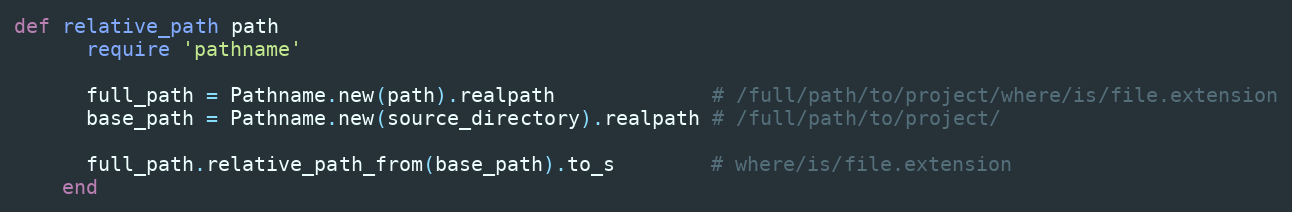
Language: Ruby
def relative_path path
      require 'pathname'

      full_path = Pathname.new(path).realpath             # /full/path/to/project/where/is/file.extension
      base_path = Pathname.new(source_directory).realpath # /full/path/to/project/

      full_path.relative_path_from(base_path).to_s        # where/is/file.extension
    end